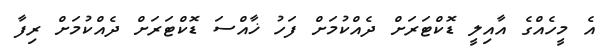
އެ މީހެއްގެ އާއިލީ ޑޮކްޓަރަށް ދެއްކުމަށް ފަހު ޚާއްސަ ޑޮކްޓަރަށް ދެއްކުމަށް ރިފާ